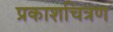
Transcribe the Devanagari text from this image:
प्रकाशचित्रण